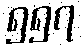
၅၅၇